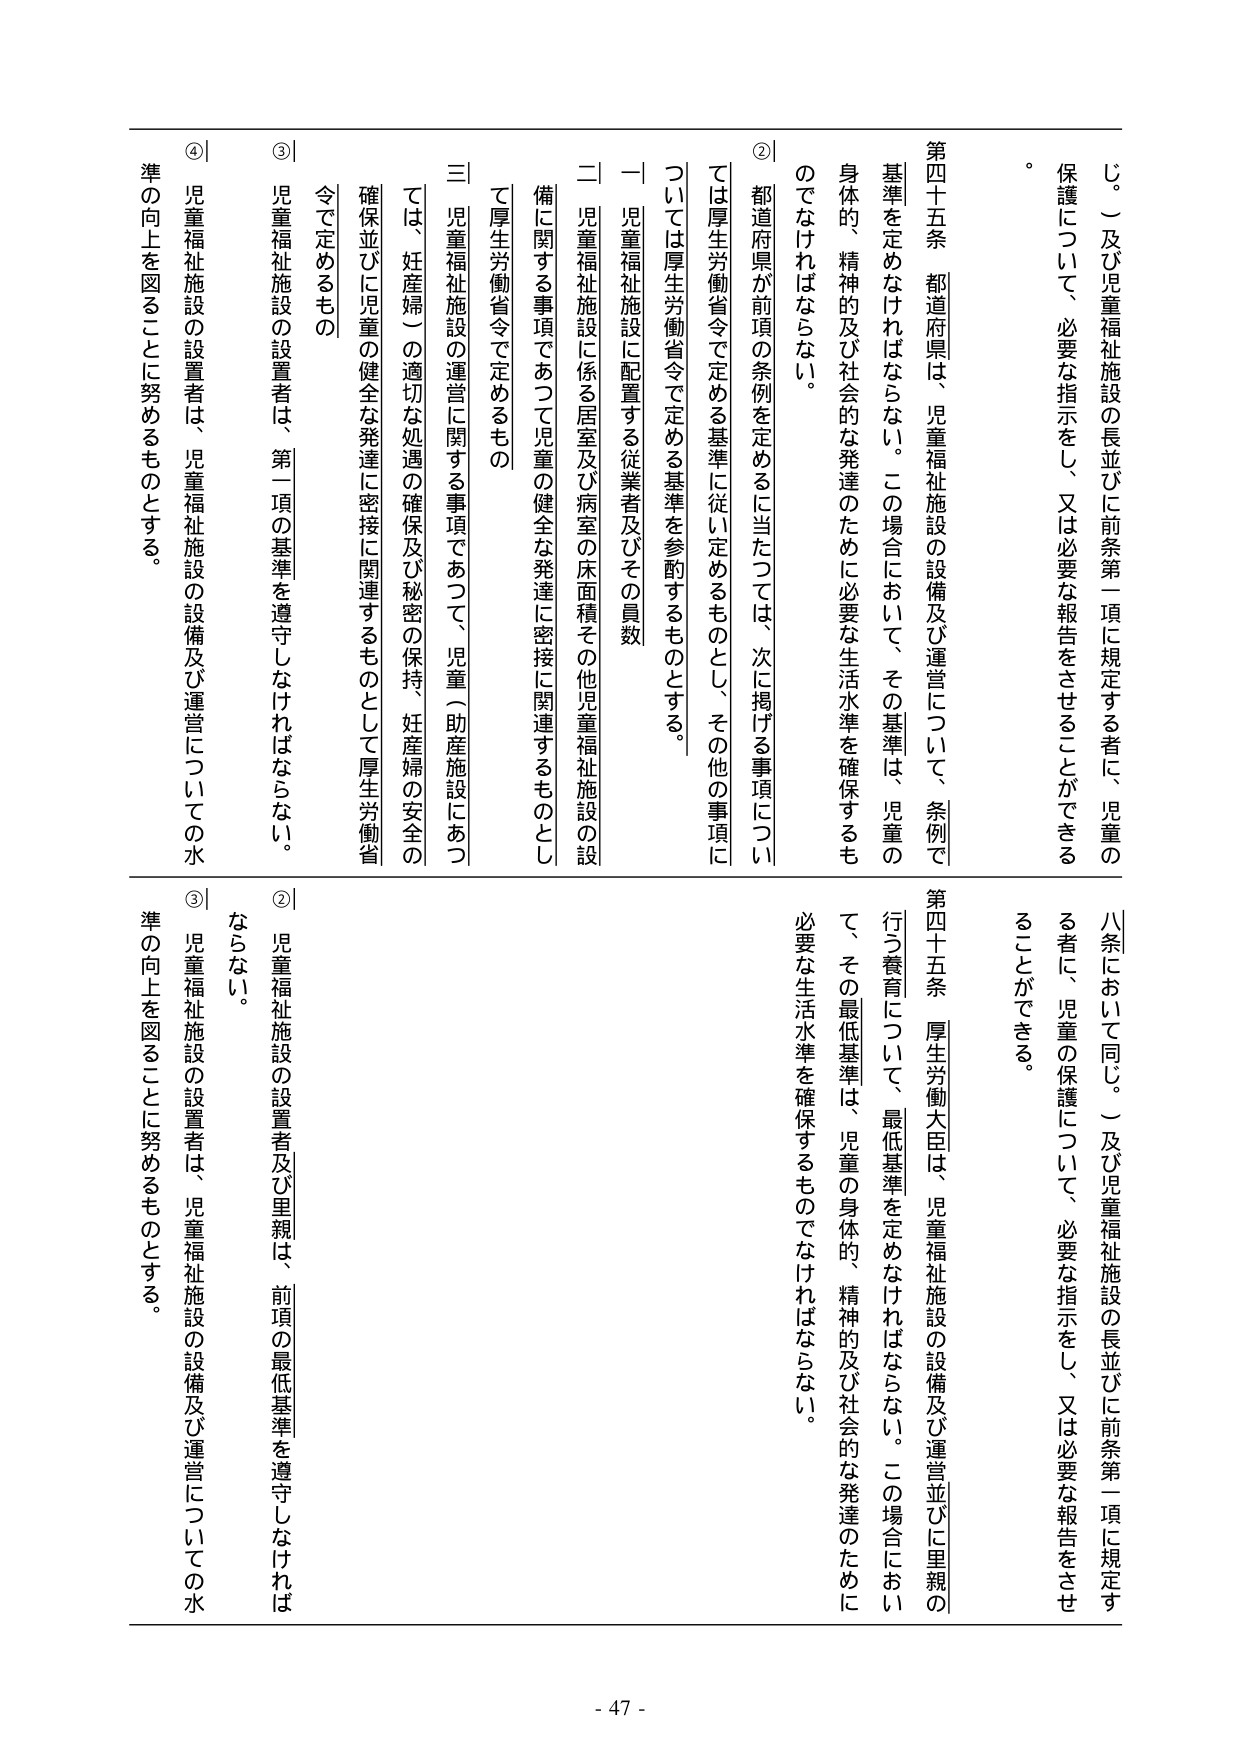
第四十五条 都道府県は、児童福祉施設の設備及び運営について、条例で基準を定めなければならない。この場合において、その基準は、児童の身体的、精神的及び社会的な発達のために必要な生活水準を確保するものでなければならない。

② 都道府県が前項の条例を定めるに当たっては、次に掲げる事項については厚生労働省令で定める基準に従い定めるものとし、その他の事項については厚生労働省令で定める基準を参酌するものとする。

一 児童福祉施設に配置する従業者及びその員数

二 児童福祉施設に係る居室及び病室の床面積その他児童福祉施設の設備に関する事項であつて児童の健全な発達に密接に関連するものとして厚生労働省令で定めるもの

三 児童福祉施設の運営に関する事項であつて、児童（助産施設にあつては、妊産婦）の適切な処遇の確保及び秘密の保持、妊産婦の安全の確保並びに児童の健全な発達に密接に関連するものとして厚生労働省令で定めるもの

③ 児童福祉施設の設置者は、第一項の基準を遵守しなければならない。

④ 児童福祉施設の設置者は、児童福祉施設の設備及び運営についての水準の向上を図ることに努めるものとする。

第四十五条 厚生労働大臣は、児童福祉施設の設備及び運営並びに里親の行う養育について、最低基準を定めなければならない。この場合において、その最低基準は、児童の身体的、精神的及び社会的な発達のために必要な生活水準を確保するものでなければならない。

② 児童福祉施設の設置者及び里親は、前項の最低基準を遵守しなければならない。

③ 児童福祉施設の設置者は、児童福祉施設の設備及び運営についての水準の向上を図ることに努めるものとする。

じ。）及び児童福祉施設の長並びに前条第一項に規定する者に、児童の保護について、必要な指示をし、又は必要な報告をさせることができる。

八条において同じ。）及び児童福祉施設の長並びに前条第一項に規定する者に、児童の保護について、必要な指示をし、又は必要な報告をさせることができる。

- 47 -